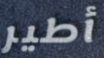
أطير